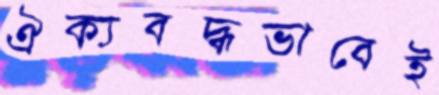
ঐক্যবদ্ধভাবেই